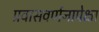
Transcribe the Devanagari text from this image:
प्रवासवर्णनापेक्षा